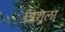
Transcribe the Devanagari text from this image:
त्रिशुला